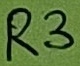
Text: R3